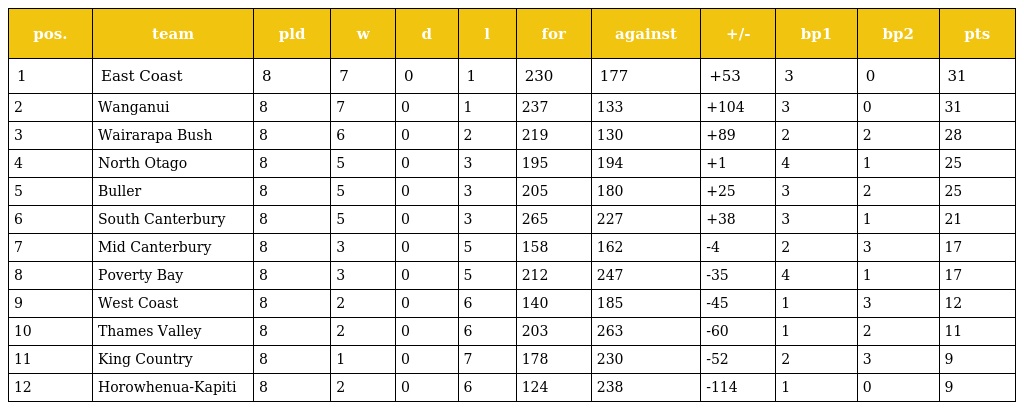
| pos. | team | pld | w | d | l | for | against | +/- | bp1 | bp2 | pts |
 | --- | --- | --- | --- | --- | --- | --- | --- | --- | --- | --- | --- |
 | 1 | East Coast | 8 | 7 | 0 | 1 | 230 | 177 | +53 | 3 | 0 | 31 |
 | 2 | Wanganui | 8 | 7 | 0 | 1 | 237 | 133 | +104 | 3 | 0 | 31 |
 | 3 | Wairarapa Bush | 8 | 6 | 0 | 2 | 219 | 130 | +89 | 2 | 2 | 28 |
 | 4 | North Otago | 8 | 5 | 0 | 3 | 195 | 194 | +1 | 4 | 1 | 25 |
 | 5 | Buller | 8 | 5 | 0 | 3 | 205 | 180 | +25 | 3 | 2 | 25 |
 | 6 | South Canterbury | 8 | 5 | 0 | 3 | 265 | 227 | +38 | 3 | 1 | 21 |
 | 7 | Mid Canterbury | 8 | 3 | 0 | 5 | 158 | 162 | -4 | 2 | 3 | 17 |
 | 8 | Poverty Bay | 8 | 3 | 0 | 5 | 212 | 247 | -35 | 4 | 1 | 17 |
 | 9 | West Coast | 8 | 2 | 0 | 6 | 140 | 185 | -45 | 1 | 3 | 12 |
 | 10 | Thames Valley | 8 | 2 | 0 | 6 | 203 | 263 | -60 | 1 | 2 | 11 |
 | 11 | King Country | 8 | 1 | 0 | 7 | 178 | 230 | -52 | 2 | 3 | 9 |
 | 12 | Horowhenua-Kapiti | 8 | 2 | 0 | 6 | 124 | 238 | -114 | 1 | 0 | 9 |